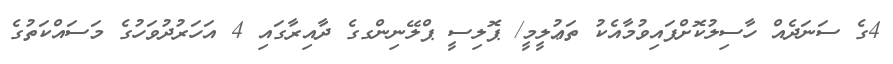
4ގެ ސަނަދެއް ހާސިލުކޮށްފައިވުމާއެކު ތަޢުލީމީ/ ޕޮލިސީ ޕްލޭނިންގގެ ދާއިރާގައި 4 އަހަރުދުވަހުގެ މަސައްކަތުގެ